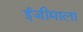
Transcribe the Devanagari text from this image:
ईजीमाला